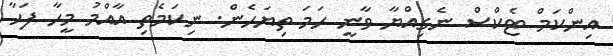
އިންކަމް ޓެކްސް ނެގިއްޔާ ވާނީ ހަމަ ތިޔަހެން. ނިކަމެތި އާއްމު މީހާ ފަހާ